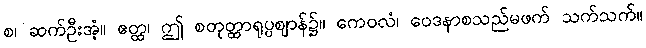
စ၊ ဆက်ဦးအံ့။ ဧတ္ထ၊ ဤ စတုတ္ထာရုပ္ပဈာန်၌။ ကေဝလံ၊ ဝေဒနာစသည်မဖက် သက်သက်။